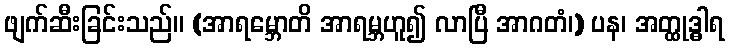
ဖျက်ဆီးခြင်းသည်။ (အာရမ္ဘောတိ အာရမ္ဘဟူ၍ လာပြီ အာဂတံ၊) ပန၊ အတ္ထုဒ္ဓါရ